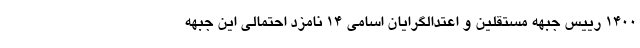
1400 رییس جبهه مستقلین و اعتدالگرایان اسامی ۱۴ نامزد احتمالی این جبهه